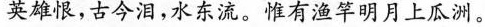
英雄恨，古今泪，水东流。惟有渔竿明月上瓜洲。